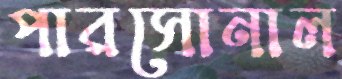
পারসোনাল